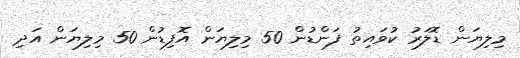
މިލިޔަން ޑޮލަރު ކުވައިތު ފަންޑުން 50 މިލިޔަން އޮފިޑުން 50 މިލިޔަން އަދި